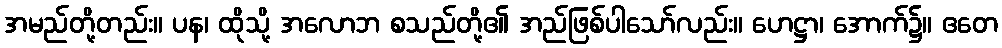
အမည်တို့တည်း။ ပန၊ ထိုသို့ အလောဘ စသည်တို့၏ အည်ဖြစ်ပါသော်လည်း။ ဟေဋ္ဌာ၊ အောက်၌။ ဧတေ